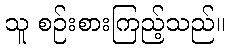
သူ စဉ်းစားကြည့်သည်။